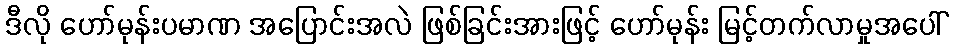
ဒီလို ဟော်မုန်းပမာဏ အပြောင်းအလဲ ဖြစ်ခြင်းအားဖြင့် ဟော်မုန်း မြင့်တက်လာမှုအပေါ်